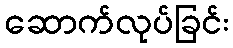
ဆောက်လုပ်ခြင်း